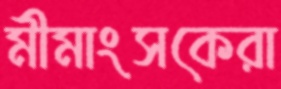
মীমাংসকেরা